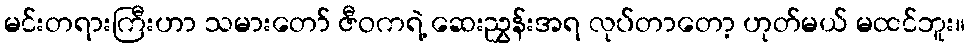
မင်းတရားကြီးဟာ သမားတော် ဇီဝကရဲ့ ဆေးညွှန်းအရ လုပ်တာတော့ ဟုတ်မယ် မထင်ဘူး။